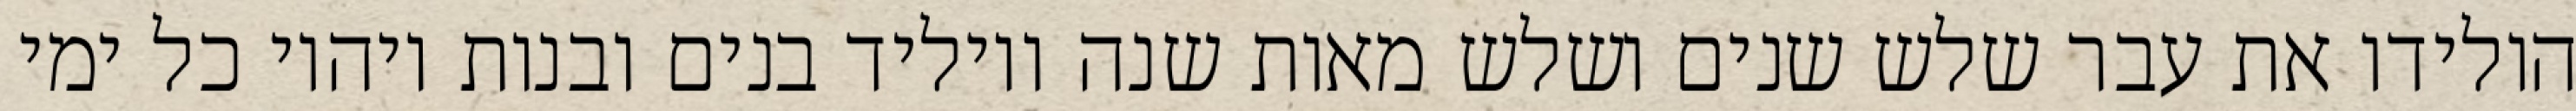
הולידו את עבר שלש שנים ושלש מאות שנה ויוליד בנים ובנות ויהיו כל ימי